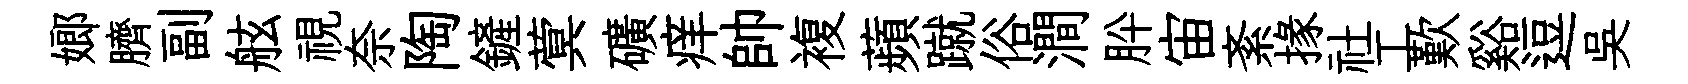
嫏臍副舷視奈陶鏟蓂礦痒帥複蘋蹴俗澗肸宙紊掾社工歎谿逗吴